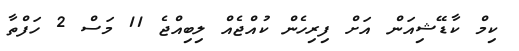
ކިމް ކާޑޭޝިއަން އަށް ފިރިހެން ކުއްޖެއް ލިބިއްޖެ 11 މަސް 2 ހަފްތާ